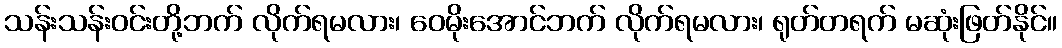
သန်းသန်းဝင်းတို့ဘက် လိုက်ရမလား၊ ဝေမိုးအောင်ဘက် လိုက်ရမလား၊ ရုတ်တရက် မဆုံးဖြတ်နိုင်။